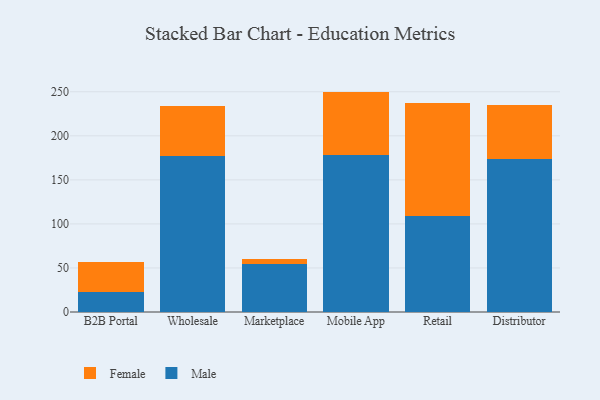
{"axis": {"x": "Channel", "y": "Website Visitors"}, "legend": ["Female", "Male"], "data": [{"x": "B2B Portal", "y": 22.6, "type": "Male"}, {"x": "B2B Portal", "y": 34.5, "type": "Female"}, {"x": "Wholesale", "y": 177.4, "type": "Male"}, {"x": "Wholesale", "y": 56.5, "type": "Female"}, {"x": "Marketplace", "y": 54.6, "type": "Male"}, {"x": "Marketplace", "y": 5.6, "type": "Female"}, {"x": "Mobile App", "y": 178.8, "type": "Male"}, {"x": "Mobile App", "y": 71.4, "type": "Female"}, {"x": "Retail", "y": 108.9, "type": "Male"}, {"x": "Retail", "y": 128.8, "type": "Female"}, {"x": "Distributor", "y": 173.7, "type": "Male"}, {"x": "Distributor", "y": 61.0, "type": "Female"}]}